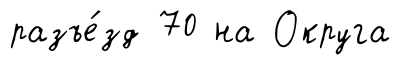
разъе́зд 70 на Округа